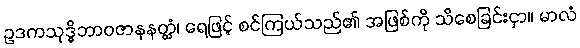
ဥဒကသုဒ္ဓိဘာဝဇာနနတ္ထံ၊ ရေဖြင့် စင်ကြယ်သည်၏ အဖြစ်ကို သိစေခြင်းငှာ။ မာလံ